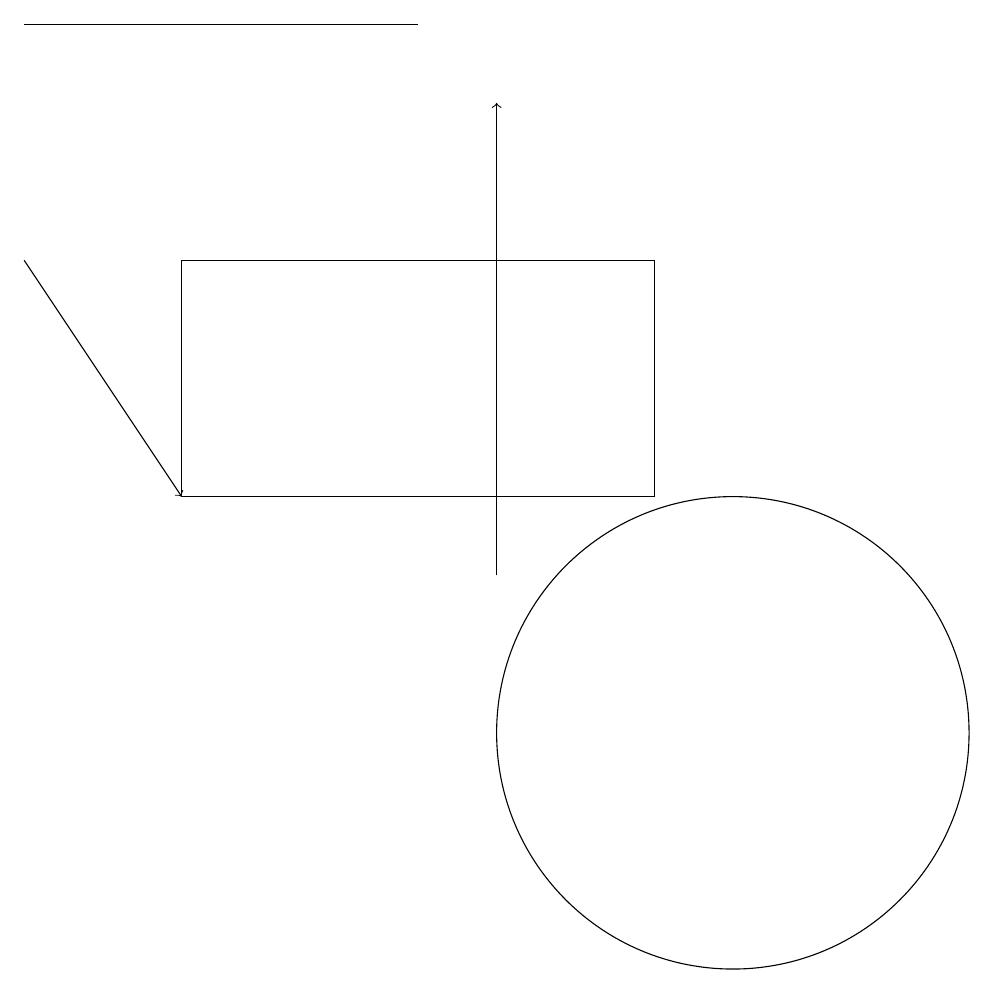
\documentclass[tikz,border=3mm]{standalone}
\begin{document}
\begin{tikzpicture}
\draw[->] (7,12) -- (7,18);
\draw[->] (1,16) -- (3,13);
\draw (9,13) rectangle (3,16);
\draw (1,19) rectangle (6,19);
\draw (10,10) circle (3);
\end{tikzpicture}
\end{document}